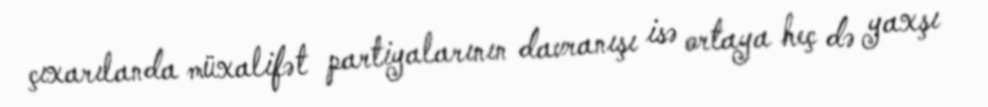
çıxarılanda müxalifət partiyalarının davranışı isə ortaya heç də yaxşı